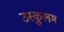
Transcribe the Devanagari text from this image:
उस्कुलम